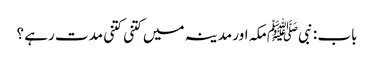
باب : نبیﷺ مکہ اور مدینہ میں کتنی کتنی مدت رہے ؟